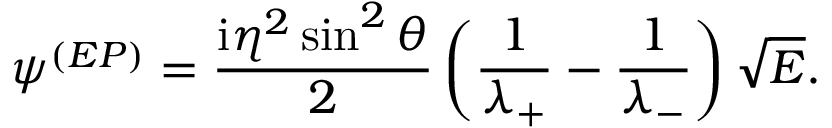
\psi ^ { ( E P ) } = \frac { \mathrm { i } \eta ^ { 2 } \sin ^ { 2 } \theta } { 2 } \left( \frac { 1 } { \lambda _ { + } } - \frac { 1 } { \lambda _ { - } } \right) \sqrt { E } .